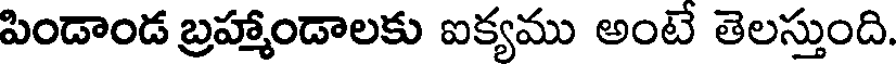
పిండాండ బ్రహ్మాండాలకు ఐక్యము అంటే తెలస్తుంది.